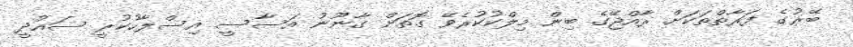
ބޭރުގެ ފަރާތްތަކަށް ރާއްޖޭގެ ބިން މިލްކުކުރެވޭ ގޮތަށް ގާނޫނު އަސާސީ އިސްލާހުކުރީ ސައުދީ